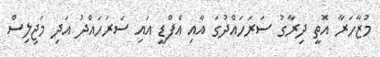
މުޒާހަރާ އޮތީ ދިރާގު ސަރަހައްދުގަ އާއި އެފްޑީ އައި ސަރަހައްދު އަދި މަޖިލިސް